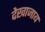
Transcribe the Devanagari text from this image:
देखाजाय